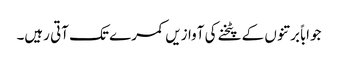
جواباً برتنوں کے پٹخنے کی آوازیں کمرے تک آتی رہیں۔